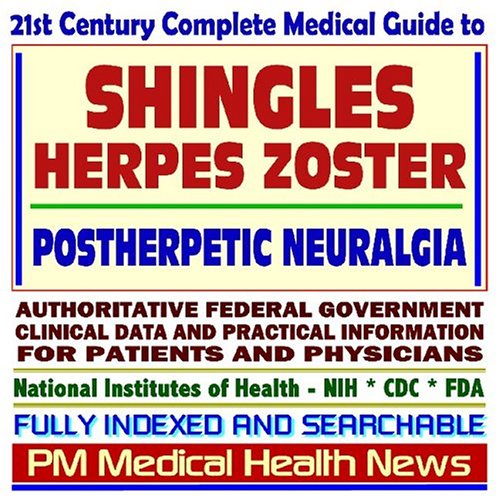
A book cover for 21st Century Complete Medical Guide to Shingles, Herpes Zoster, Postherpetic Neuralgia (PHN), Authoritative Government Documents, Clinical References, ... for Patients and Physicians (CD-ROM); PM Medical Health News; Health, Fitness & Dieting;